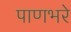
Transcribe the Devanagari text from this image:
पाणभरे